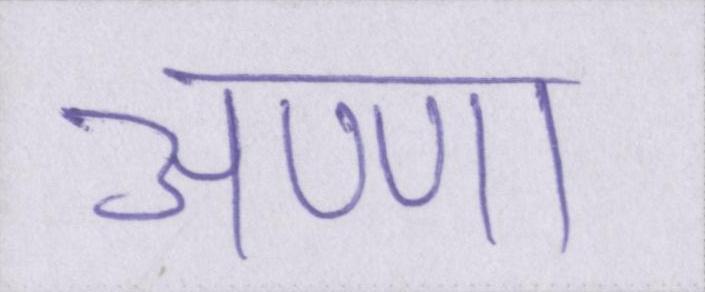
अण्णा